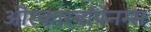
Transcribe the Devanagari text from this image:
औरकारबॉपेनम्स